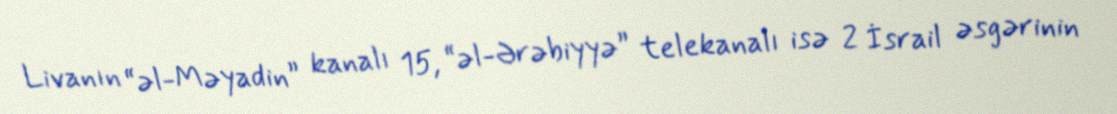
Livanın “əl-Məyadin” kanalı 15, “əl-Ərəbiyyə” telekanalı isə 2 İsrail əsgərinin